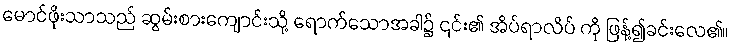
မောင်ဖိုးသာသည် ဆွမ်းစားကျောင်းသို့ ရောက်သောအခါ၌ ၎င်း၏ အိပ်ရာလိပ် ကို ဖြန့်၍ခင်းလေ၏။